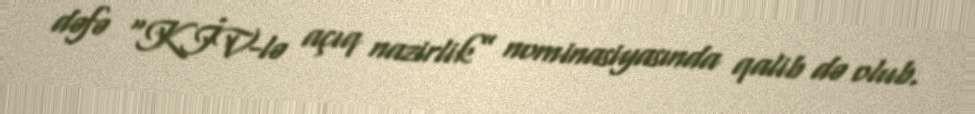
dəfə “KİV-lə açıq nazirlik” nominasiyasında qalib də olub.